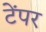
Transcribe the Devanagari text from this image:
टेंपर